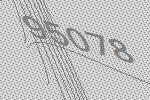
95078